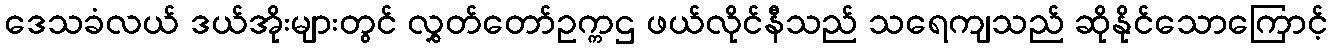
ဒေသခံလယ် ဒယ်အိုးများတွင် လွှတ်တော်ဥက္ကဌ ဖယ်လိုင်နီသည် သရေကျသည် ဆိုနိုင်သောကြောင့်